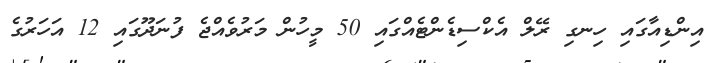
އިންޑިއާގައި ހިނގި ރޭލް އެކްސިޑެންޓެއްގައި 50 މީހުން މަރުވެއްޖެ ފުނަދޫގައި 12 އަހަރުގެ